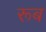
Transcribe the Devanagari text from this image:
रूब